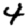
Digit: 4